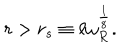
r > r _ { s } \equiv \ell \omega _ { R } ^ { \frac { 1 } { 8 } } .